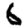
Digit: 6